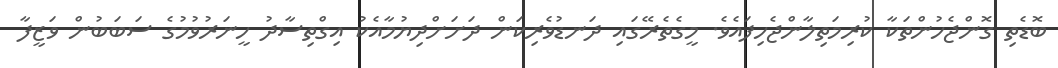
ބޮޑެތި ގޮންޖެހުންތަކާ ކުރިމަތިލާންޖެހިފައެވެ. މީގެތެރޭގައި ދަނޑުވެރިކަން ދަށަށްދިޔުމާއެކު އިގްތިސާދު ހީނަރުވުމުގެ ސަބަބުން ވަޒީފާ